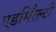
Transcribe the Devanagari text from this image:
एडमिरैल्टी